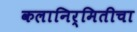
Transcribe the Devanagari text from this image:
कलानिर्मितीचा